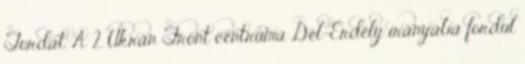
Tordát. A 2. Ukrán Front centruma Dél-Erdély irányába fordul